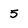
Character: 5